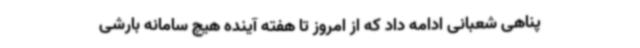
پناهی شعبانی ادامه داد که از امروز تا هفته آینده هیچ سامانه بارشی